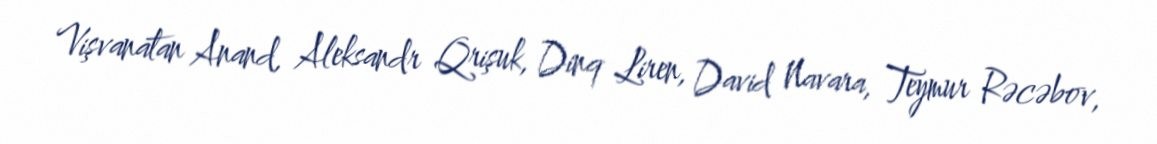
Vişvanatan Anand, Aleksandr Qrişuk, Dinq Liren, David Navara, Teymur Rəcəbov,